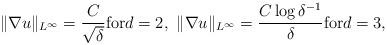
LaTeX: \begin{align*} \|\nabla u\|_{L^{\infty}}=\frac{C}{\sqrt{\delta}} \mbox{for} d=2,~\|\nabla u\|_{L^{\infty}}= \frac{C \log\delta^{-1}}{\delta} \mbox{for} d=3,\end{align*}